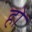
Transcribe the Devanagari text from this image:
होे